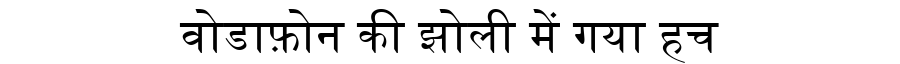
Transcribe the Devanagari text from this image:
वोडाफ़ोन की झोली में गया हच